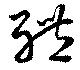
體